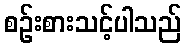
စဉ်းစားသင့်ပါသည်